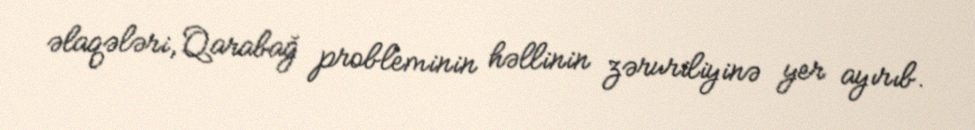
əlaqələri, Qarabağ probleminin həllinin zəruriliyinə yer ayırıb.